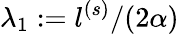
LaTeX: \lambda_{1}:=l^{(s)}/(2\alpha)